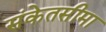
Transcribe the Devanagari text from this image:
संकेतसीमा